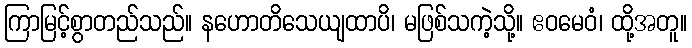
ကြာမြင့်စွာတည်သည်။ နဟောတိသေယျထာပိ၊ မဖြစ်သကဲ့သို့။ ဧဝမေဝံ၊ ထို့အတူ။